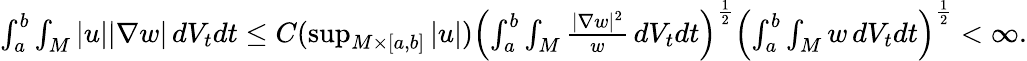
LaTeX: \begin{array}{r}{\int_{a}^{b}\int_{M}|u||\nabla w|\, dV_{t}dt\le C(\operatorname*{sup}_{M\times[a,b]}|u|)\left(\int_{a}^{b}\int_{M}\frac{|\nabla w|^{2}}{w}\, dV_{t}dt\right)^{\frac 12}\left(\int_{a}^{b}\int_{M}w\, dV_{t}dt\right)^{\frac 12}<\infty.}\end{array}